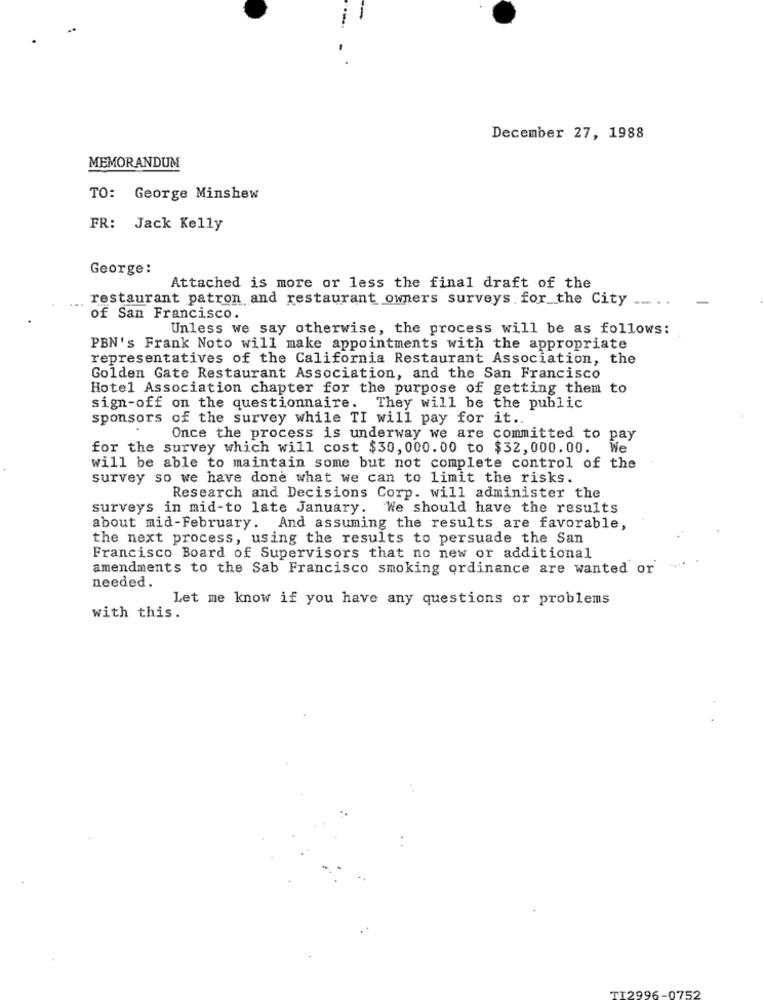
December 27, 1988
MEMORANDUM
TO: George Minshew
FR: Jack Kelly
George:
Attached is more or less the final draft of the
restaurant patron and restaurant owners surveys for_the City
...
of San Francisco.
Unless we say otherwise, the process will be as follows:
PBN's Frank Noto will make appointments with the appropriate
representatives of the California Restaurant Association, the
Golden Gate Restaurant Association, and the San Francisco
Hotel Association chapter for the purpose of getting them to
sign-off on the questionnaire. They will be the public
sponsors of the survey while TI will pay for it ..
Once the process is underway we are committed to pay
for the survey which will cost $30, 000.00 to $32,000.00.
We
will be able to maintain some but not complete control of the
survey so we have done what we can to limit the risks.
Research and Decisions Corp. will administer the
surveys in mid-to late January. We should have the results
about mid-February. And assuming the results are favorable,
the next process, using the results to persuade the San
Francisco Board of Supervisors that no new or additional
amendments to the Sab Francisco smoking ordinance are wanted or
needed.
Let me know if you have any questions or problems
with this.
TT2996-0752